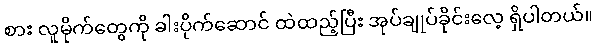
စား လူမိုက်တွေကို ခါးပိုက်ဆောင် ထဲထည့်ပြီး အုပ်ချုပ်ခိုင်းလေ့ ရှိပါတယ်။